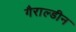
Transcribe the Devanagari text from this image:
गैराल्डीन